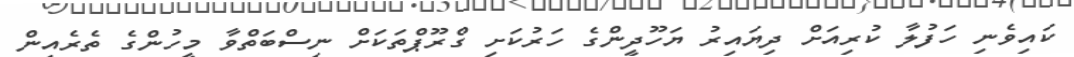
ކައިވެނި ހަފުލާ ކުރިއަށް ދިޔައިރު ޔަހޫދީންގެ ހަރުކަށި ގްރޫޕްތަކަށް ނިސްބަތްވާ މީހުންގެ ތެރެއިން